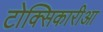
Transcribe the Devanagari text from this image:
टोक्सिकारीआ